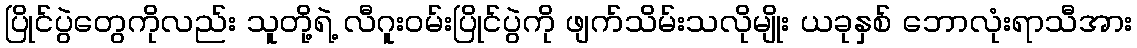
ပြိုင်ပွဲတွေကိုလည်း သူတို့ရဲ့ လီဂူးဝမ်းပြိုင်ပွဲကို ဖျက်သိမ်းသလိုမျိုး ယခုနှစ် ဘောလုံးရာသီအား